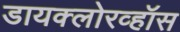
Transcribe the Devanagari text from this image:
डायक्लोरव्हॉस